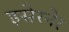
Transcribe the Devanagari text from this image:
इसेरनेर